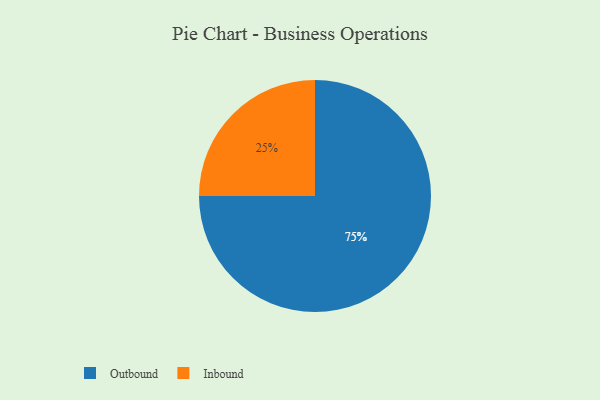
{"axis": {"x": "Category", "y": "Percentage"}, "legend": ["Inbound", "Outbound"], "data": [{"x": "Outbound", "y": 75, "type": "Outbound"}, {"x": "Inbound", "y": 25, "type": "Inbound"}]}